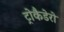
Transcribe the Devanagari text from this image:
ट्रोकैडेरो